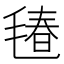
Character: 𱥢